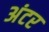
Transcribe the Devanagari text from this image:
अंटर